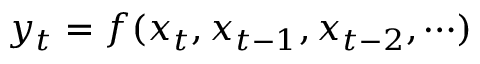
y _ { t } = f ( x _ { t } , x _ { t - 1 } , x _ { t - 2 } , \cdots )